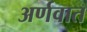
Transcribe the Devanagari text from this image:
अर्णवात